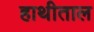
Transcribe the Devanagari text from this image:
हाथीताल